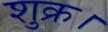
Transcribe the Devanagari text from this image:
शुक्र।